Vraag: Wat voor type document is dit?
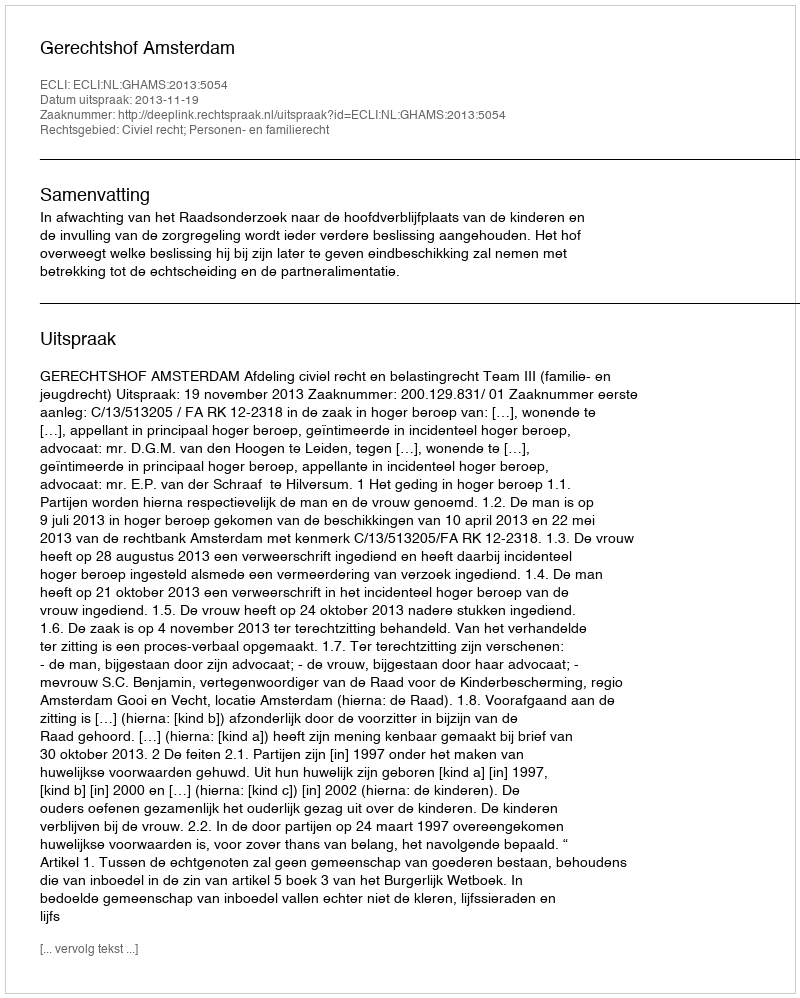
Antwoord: Uitspraak